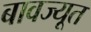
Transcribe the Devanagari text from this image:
बावज्यूत